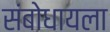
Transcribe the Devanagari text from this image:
संबोधायला